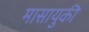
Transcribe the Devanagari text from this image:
मासायुकी